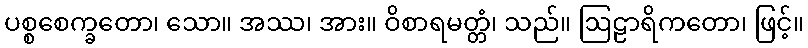
ပစ္စစေက္ခတော၊ သော။ အဿ၊ အား။ ဝိစာရမတ္တံ၊ သည်။ ဩဠာရိကတော၊ ဖြင့်။